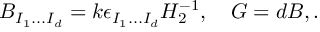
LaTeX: { \cal B } _ { I _ { 1 } . . . I _ { d } } = k \epsilon _ { I _ { 1 } . . . I _ { d } } H _ { 2 } ^ { - 1 } , ~ ~ ~ G = d { \cal B } , .